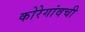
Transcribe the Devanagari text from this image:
कोरेगांवची